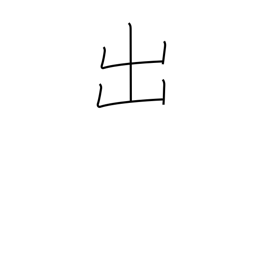
Meaning: exit